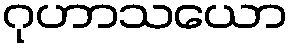
ဂုဟာသယော